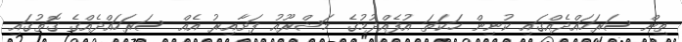
ތިން ސަރަހައްދެއްގައި ކުނިން ހަކަތަ އުފެއްދުމުގެ މަޝްރޫއު ފަށާއިރު އެއް ސަރަހައްދެއްގެ ގޮތުގައި